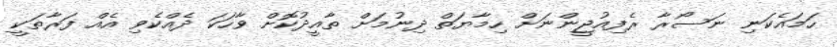
ހަމައެކަނި ނަސޯރާ ރެފިއުޖީންނަށް ހިމާޔަތް ދިނުމަށް ތާއީދުކޮށް ވާހަކަ ދެއްކެވި އެއް ފަރާތަކީ